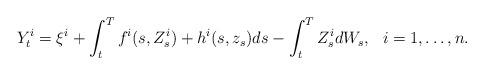
LaTeX: \begin{align*}&Y^i_t=\xi^i+\int_t^Tf^i(s,Z^i_s)+h^i(s,z_s)ds-\int_t^TZ^i_sdW_s, ~~i=1,\dots,n.\end{align*}